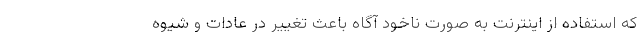
که استفاده از اینترنت به صورت ناخود آگاه باعث تغییر در عادات و شیوه